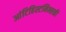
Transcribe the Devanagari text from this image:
आंटिहिस्टमिन्सकी